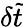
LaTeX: \delta\tilde{t}